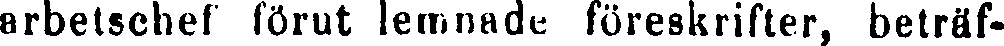
arbetschef förut lemnade föreskrifter, beträf-